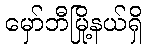
မှော်ဘီမြို့နယ်ရှိ